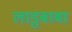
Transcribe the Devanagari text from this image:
लाडुबाबा